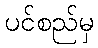
ပင်စည်မှ